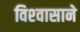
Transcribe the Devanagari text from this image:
विश्‍वासाने